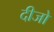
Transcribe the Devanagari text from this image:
दीजो